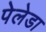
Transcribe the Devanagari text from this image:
पेलेडा